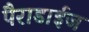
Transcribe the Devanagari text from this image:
पैराडाईज